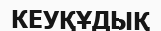
КЕУҚҰДЫҚ